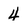
Character: 4